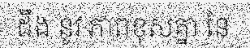
ដឹង នូវ ភាពខុសគ្នា នៃ